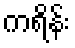
ကရိန်း